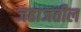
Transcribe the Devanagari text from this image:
जहाजतील